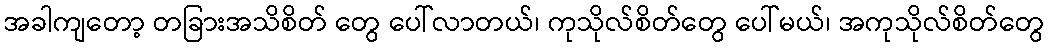
အခါကျတော့ တခြားအသိစိတ် တွေ ပေါ်လာတယ်၊ ကုသိုလ်စိတ်တွေ ပေါ်မယ်၊ အကုသိုလ်စိတ်တွေ